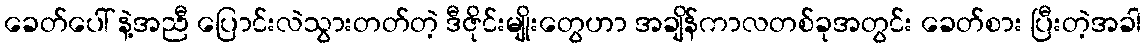
ခေတ်ပေါ် နဲ့အညီ ပြောင်းလဲသွားတတ်တဲ့ ဒီဇိုင်းမျိုးတွေဟာ အချိန်ကာလတစ်ခုအတွင်း ခေတ်စား ပြီးတဲ့အခါ